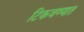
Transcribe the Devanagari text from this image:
टिकवण्यात